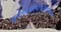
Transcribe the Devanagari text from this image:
सूर्यलक्ष्याभिविज्ञेयस्तपतेव